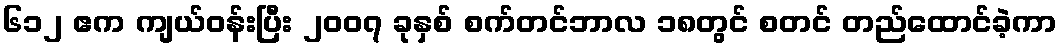
၆၁၂ ဧက ကျယ်ဝန်းပြီး ၂၀၀၇ ခုနှစ် စက်တင်ဘာလ ၁၈တွင် စတင် တည်ထောင်ခဲ့ကာ